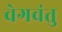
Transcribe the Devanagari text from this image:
वेगवंतु